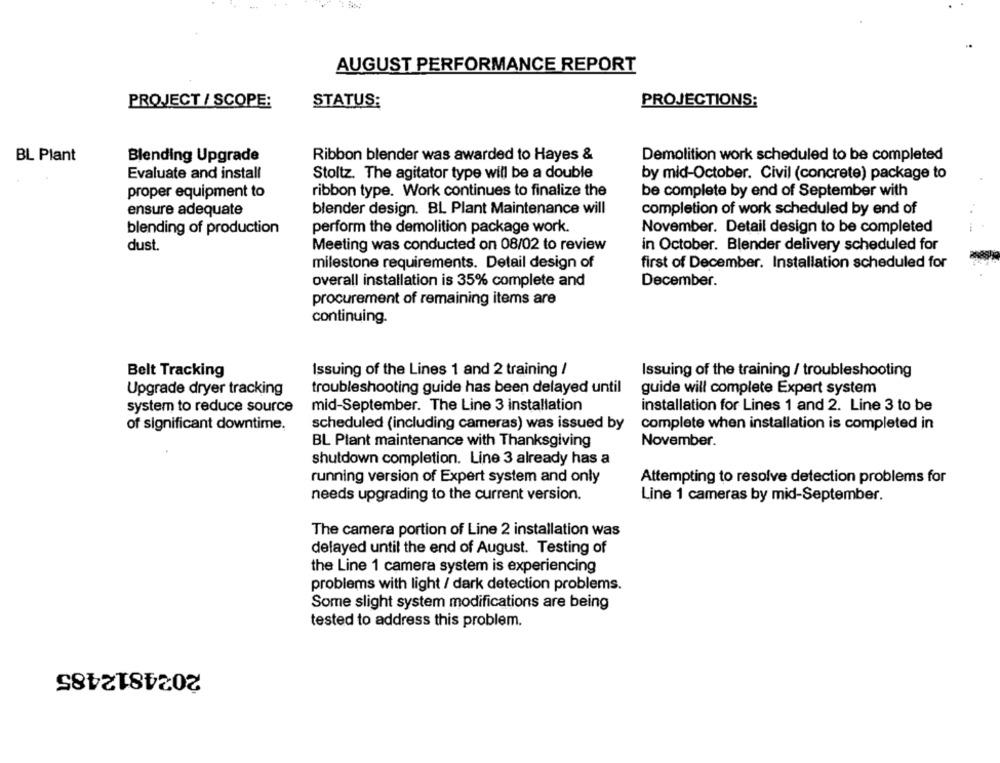
AUGUST PERFORMANCE REPORT
PROJECT / SCOPE:
STATUS:
PROJECTIONS:
BL Plant
Blending Upgrade
Ribbon blender was awarded to Hayes &
Demolition work scheduled to be completed
Evaluate and install
Stoltz. The agitator type will be a double
by mid-October. Civil (concrete) package to
proper equipment to
ribbon type. Work continues to finalize the
be complete by end of September with
ensure adequate
blender design. BL Plant Maintenance will
completion of work scheduled by end of
perform the demolition package work.
November. Detail design to be completed
blending of production
dust.
Meeting was conducted on 08/02 to review
in October. Blender delivery scheduled for
milestone requirements. Detail design of
first of December. Installation scheduled for
overall installation is 35% complete and
December.
procurement of remaining items are
continuing.
Belt Tracking
Issuing of the Lines 1 and 2 training /
Issuing of the training / troubleshooting
troubleshooting guide has been delayed until
Upgrade dryer tracking
guide will complete Expert system
system to reduce source
mid-September. The Line 3 installation
installation for Lines 1 and 2. Line 3 to be
of significant downtime.
scheduled (including cameras) was issued by
complete when installation is completed in
November.
BL Plant maintenance with Thanksgiving
shutdown completion. Line 3 already has a
running version of Expert system and only
Attempting to resolve detection problems for
needs upgrading to the current version.
Line 1 cameras by mid-September.
The camera portion of Line 2 installation was
delayed until the end of August. Testing of
the Line 1 camera system is experiencing
problems with light / dark detection problems.
Some slight system modifications are being
tested to address this problem.
2024812485